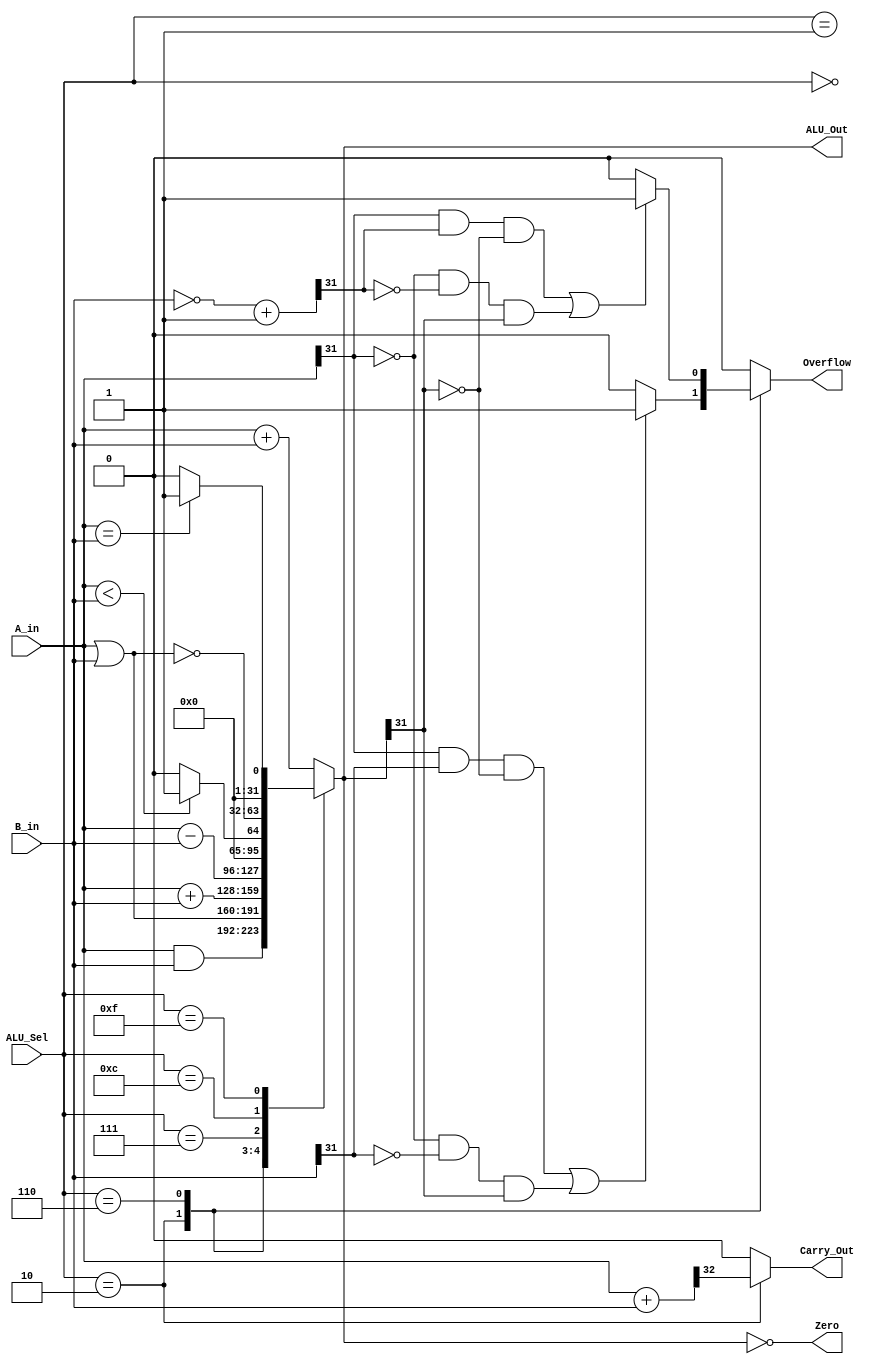
// Calla Chen
// File for ALU - Lab #5
`timescale 1ns / 1ps
//////////////////////////////////////////////////////////////////////////////////
// ALU_32
//////////////////////////////////////////////////////////////////////////////////

// I used the ALU code provided to us in Lab 4 manual. 
// Module definition
module alu_32 (
    input[31:0] A_in, B_in,         // ALU 32 bit inputs
    input[3:0] ALU_Sel,             // ALU 4 bits selection
    output[31:0] ALU_Out,           // ALU 32 bits output
    output reg Carry_Out,          
    output Zero,                    // 1 bit Zero Flag
    output reg Overflow = 1'b0      // 1 bit Overflow Flag
    );
    
    reg[31:0] ALU_Result; 
    reg[32:0] temp;
    reg[32:0] twos_com; // To hold 2'sc of second source of ALU
    
    assign ALU_Out = ALU_Result;
    assign Zero = (ALU_Result == 0);
    
    always@(*)
        begin
            Overflow = 1'b0;
            Carry_Out = 1'b0;
            case(ALU_Sel)
                4'b0000: // bit-wise and
                    ALU_Result = A_in & B_in;
                    
                4'b0001: // bit-wise or
                   ALU_Result = A_in | B_in;
                   
                4'b0010: // Signed addition with Overflow and Carry_Out checking
                    begin
                        ALU_Result = $signed(A_in) + $signed(B_in);
                        temp = {1'b0, A_in} + {1'b0, B_in};
                        Carry_Out = temp[32];
                        if ((A_in[31] & B_in[31] & ~ALU_Out[31]) | 
                            (~A_in[31] & ~B_in[31] & ALU_Out[31]))
                            Overflow = 1'b1;
                        else
                            Overflow = 1'b0;
                     end
                 
                 4'b0110: // Signed Subtraction with Overflow Checking
                    begin
                        ALU_Result = $signed(A_in) - $signed(B_in);
                        twos_com = ~(B_in) + 1'b1;
                        if((A_in[31] & twos_com[31] & ~ALU_Out[31]) | 
                           (~A_in[31] & ~twos_com[31] & ALU_Out[31]))
                            Overflow = 1'b1;
                        else
                            Overflow = 1'b0;
                    end
                    
                  4'b0111: // Signed less than comparison
                    ALU_Result = ($signed(A_in) < $signed(B_in)) ? 32'd1 : 32'd0;
                    
                  4'b1100: // bitwise nor
                    ALU_Result = ~(A_in | B_in);
                  
                  4'b1111: // Equal Comparison
                    ALU_Result = (A_in == B_in) ? 32'd1 : 32'd0;
                  
                  default: ALU_Result = A_in + B_in;
            endcase
         end
            
endmodule